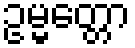
ဥမ္မတ္တော